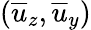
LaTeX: (\overline{{u}}_{z},\overline{{u}}_{y})